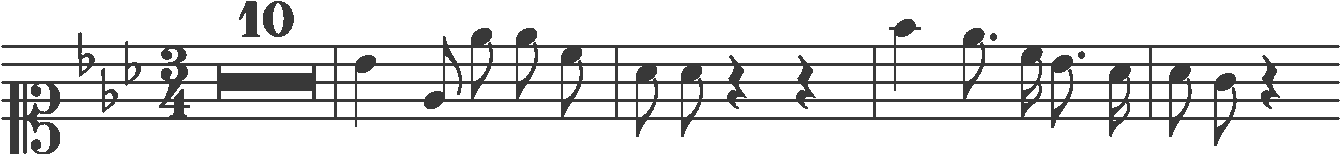
Transcription: clef-C1 keySignature-EbM timeSignature-3/4 multirest-10 barline note-Bb4_quarter note-Eb4_eighth note-Eb5_eighth note-Eb5_eighth note-C5_eighth barline note-Ab4_eighth note-Ab4_eighth rest-quarter rest-quarter barline note-F5_quarter note-Eb5_eighth. note-C5_sixteenth note-Bb4_eighth. note-Ab4_sixteenth barline note-Ab4_eighth note-G4_eighth rest-quarter